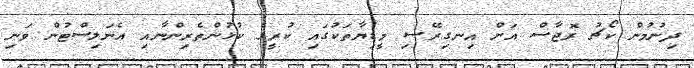
ދިނުމުން ކޯޗު ރޮޖާސް އަށް އިނގިރޭސި މީޑިޔާތަކުގައި ކުރީގެ ކުޅުންތެރިންނާއި އެނަލިސްޓުން ވަނި